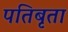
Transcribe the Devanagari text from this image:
पतिबृता